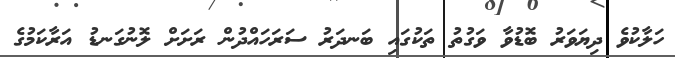
ހަލާކުވެ ދިޔަވަރު ބޮޑުވާ ވަގުތު ތަކުގައި ބަނދަރު ސަރަހައްދުން ރަށަށް ލޮނުގަނޑު އަރާކަމުގެ